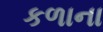
કળાના